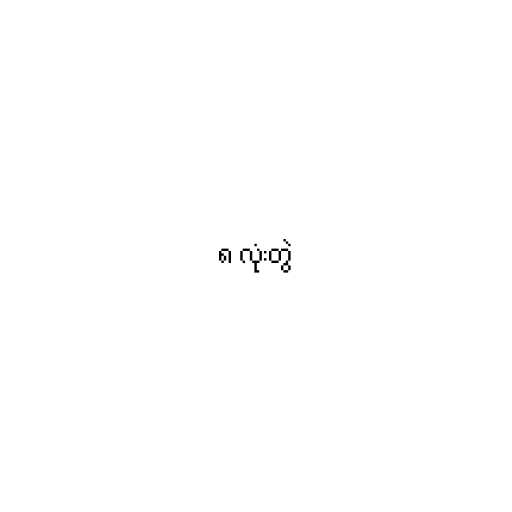
၈ လုံးတွဲ